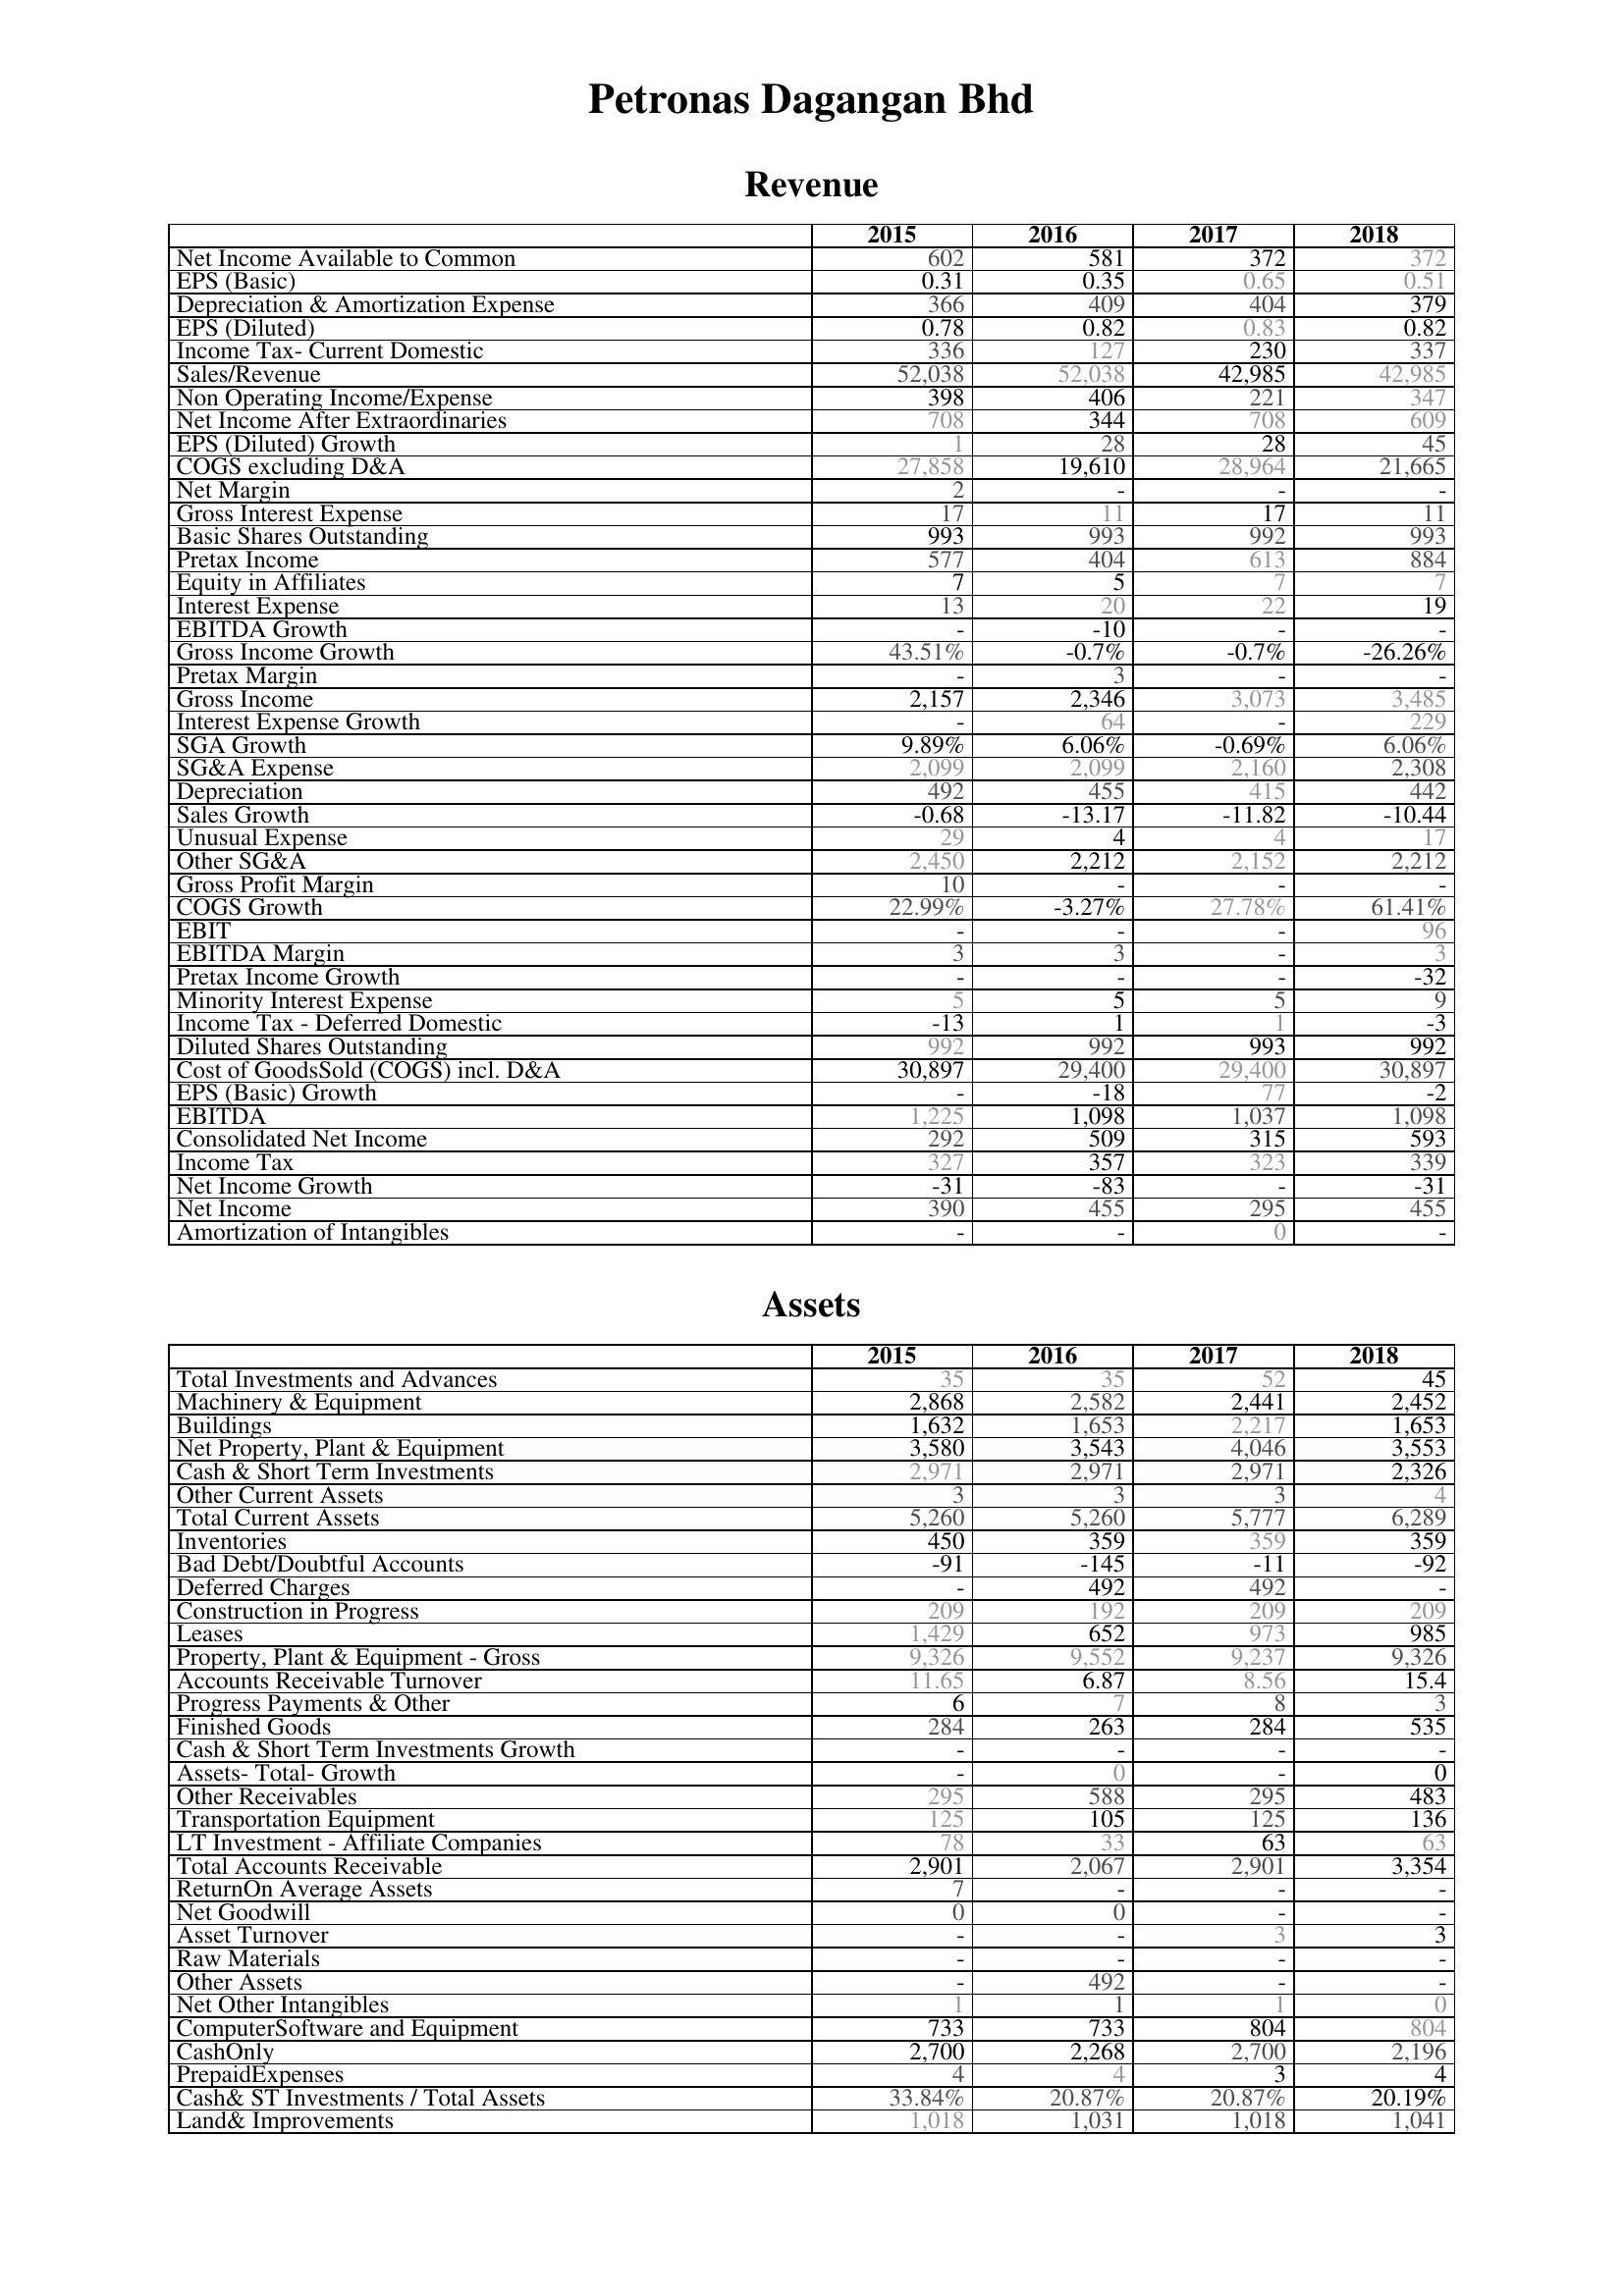
2015: Revenue: Net Income Available to Common: 602
EPS (Basic): 0.31
Depreciation & Amortization Expense: 366
EPS (Diluted): 0.78
Income Tax- Current Domestic: 336
Sales/Revenue: 52,038
Non Operating Income/Expense: 398
Net Income After Extraordinaries: 708
EPS (Diluted) Growth: 1
COGS excluding D&A: 27,858
Net Margin: 2
Gross Interest Expense: 17
Basic Shares Outstanding: 993
Pretax Income: 577
Equity in Affiliates: 7
Interest Expense: 13
EBITDA Growth: -
Gross Income Growth: 43.51%
Pretax Margin: -
Gross Income: 2,157
Interest Expense Growth: -
SGA Growth: 9.89%
SG&A Expense: 2,099
Depreciation: 492
Sales Growth: -0.68
Unusual Expense: 29
Other SG&A: 2,450
Gross Profit Margin: 10
COGS Growth: 22.99%
EBIT: -
EBITDA Margin: 3
Pretax Income Growth: -
Minority Interest Expense: 5
Income Tax - Deferred Domestic: -13
Diluted Shares Outstanding: 992
Cost of GoodsSold (COGS) incl. D&A: 30,897
EPS (Basic) Growth: -
EBITDA: 1,225
Consolidated Net Income: 292
Income Tax: 327
Net Income Growth: -31
Net Income: 390
Amortization of Intangibles: -
Assets: Total Investments and Advances: 35
Machinery & Equipment: 2,868
Buildings: 1,632
Net Property, Plant & Equipment: 3,580
Cash & Short Term Investments: 2,971
Other Current Assets: 3
Total Current Assets: 5,260
Inventories: 450
Bad Debt/Doubtful Accounts: -91
Deferred Charges: -
Construction in Progress: 209
Leases: 1,429
Property, Plant & Equipment - Gross : 9,326
Accounts Receivable Turnover: 11.65
Progress Payments & Other: 6
Finished Goods: 284
Cash & Short Term Investments Growth: -
Assets- Total- Growth: -
Other Receivables: 295
Transportation Equipment: 125
LT Investment - Affiliate Companies: 78
Total Accounts Receivable: 2,901
ReturnOn Average Assets: 7
Net Goodwill: 0
Asset Turnover: -
Raw Materials: -
Other Assets: -
Net Other Intangibles: 1
ComputerSoftware and Equipment: 733
CashOnly: 2,700
PrepaidExpenses: 4
Cash& ST Investments / Total Assets: 33.84%
Land& Improvements: 1,018
2016: Revenue: Net Income Available to Common: 581
EPS (Basic): 0.35
Depreciation & Amortization Expense: 409
EPS (Diluted): 0.82
Income Tax- Current Domestic: 127
Sales/Revenue: 52,038
Non Operating Income/Expense: 406
Net Income After Extraordinaries: 344
EPS (Diluted) Growth: 28
COGS excluding D&A: 19,610
Net Margin: -
Gross Interest Expense: 11
Basic Shares Outstanding: 993
Pretax Income: 404
Equity in Affiliates: 5
Interest Expense: 20
EBITDA Growth: -10
Gross Income Growth: -0.7%
Pretax Margin: 3
Gross Income: 2,346
Interest Expense Growth: 64
SGA Growth: 6.06%
SG&A Expense: 2,099
Depreciation: 455
Sales Growth: -13.17
Unusual Expense: 4
Other SG&A: 2,212
Gross Profit Margin: -
COGS Growth: -3.27%
EBIT: -
EBITDA Margin: 3
Pretax Income Growth: -
Minority Interest Expense: 5
Income Tax - Deferred Domestic: 1
Diluted Shares Outstanding: 992
Cost of GoodsSold (COGS) incl. D&A: 29,400
EPS (Basic) Growth: -18
EBITDA: 1,098
Consolidated Net Income: 509
Income Tax: 357
Net Income Growth: -83
Net Income: 455
Amortization of Intangibles: -
Assets: Total Investments and Advances: 35
Machinery & Equipment: 2,582
Buildings: 1,653
Net Property, Plant & Equipment: 3,543
Cash & Short Term Investments: 2,971
Other Current Assets: 3
Total Current Assets: 5,260
Inventories: 359
Bad Debt/Doubtful Accounts: -145
Deferred Charges: 492
Construction in Progress: 192
Leases: 652
Property, Plant & Equipment - Gross : 9,552
Accounts Receivable Turnover: 6.87
Progress Payments & Other: 7
Finished Goods: 263
Cash & Short Term Investments Growth: -
Assets- Total- Growth: 0
Other Receivables: 588
Transportation Equipment: 105
LT Investment - Affiliate Companies: 33
Total Accounts Receivable: 2,067
ReturnOn Average Assets: -
Net Goodwill: 0
Asset Turnover: -
Raw Materials: -
Other Assets: 492
Net Other Intangibles: 1
ComputerSoftware and Equipment: 733
CashOnly: 2,268
PrepaidExpenses: 4
Cash& ST Investments / Total Assets: 20.87%
Land& Improvements: 1,031
2017: Revenue: Net Income Available to Common: 372
EPS (Basic): 0.65
Depreciation & Amortization Expense: 404
EPS (Diluted): 0.83
Income Tax- Current Domestic: 230
Sales/Revenue: 42,985
Non Operating Income/Expense: 221
Net Income After Extraordinaries: 708
EPS (Diluted) Growth: 28
COGS excluding D&A: 28,964
Net Margin: -
Gross Interest Expense: 17
Basic Shares Outstanding: 992
Pretax Income: 613
Equity in Affiliates: 7
Interest Expense: 22
EBITDA Growth: -
Gross Income Growth: -0.7%
Pretax Margin: -
Gross Income: 3,073
Interest Expense Growth: -
SGA Growth: -0.69%
SG&A Expense: 2,160
Depreciation: 415
Sales Growth: -11.82
Unusual Expense: 4
Other SG&A: 2,152
Gross Profit Margin: -
COGS Growth: 27.78%
EBIT: -
EBITDA Margin: -
Pretax Income Growth: -
Minority Interest Expense: 5
Income Tax - Deferred Domestic: 1
Diluted Shares Outstanding: 993
Cost of GoodsSold (COGS) incl. D&A: 29,400
EPS (Basic) Growth: 77
EBITDA: 1,037
Consolidated Net Income: 315
Income Tax: 323
Net Income Growth: -
Net Income: 295
Amortization of Intangibles: 0
Assets: Total Investments and Advances: 52
Machinery & Equipment: 2,441
Buildings: 2,217
Net Property, Plant & Equipment: 4,046
Cash & Short Term Investments: 2,971
Other Current Assets: 3
Total Current Assets: 5,777
Inventories: 359
Bad Debt/Doubtful Accounts: -11
Deferred Charges: 492
Construction in Progress: 209
Leases: 973
Property, Plant & Equipment - Gross : 9,237
Accounts Receivable Turnover: 8.56
Progress Payments & Other: 8
Finished Goods: 284
Cash & Short Term Investments Growth: -
Assets- Total- Growth: -
Other Receivables: 295
Transportation Equipment: 125
LT Investment - Affiliate Companies: 63
Total Accounts Receivable: 2,901
ReturnOn Average Assets: -
Net Goodwill: -
Asset Turnover: 3
Raw Materials: -
Other Assets: -
Net Other Intangibles: 1
ComputerSoftware and Equipment: 804
CashOnly: 2,700
PrepaidExpenses: 3
Cash& ST Investments / Total Assets: 20.87%
Land& Improvements: 1,018
2018: Revenue: Net Income Available to Common: 372
EPS (Basic): 0.51
Depreciation & Amortization Expense: 379
EPS (Diluted): 0.82
Income Tax- Current Domestic: 337
Sales/Revenue: 42,985
Non Operating Income/Expense: 347
Net Income After Extraordinaries: 609
EPS (Diluted) Growth: 45
COGS excluding D&A: 21,665
Net Margin: -
Gross Interest Expense: 11
Basic Shares Outstanding: 993
Pretax Income: 884
Equity in Affiliates: 7
Interest Expense: 19
EBITDA Growth: -
Gross Income Growth: -26.26%
Pretax Margin: -
Gross Income: 3,485
Interest Expense Growth: 229
SGA Growth: 6.06%
SG&A Expense: 2,308
Depreciation: 442
Sales Growth: -10.44
Unusual Expense: 17
Other SG&A: 2,212
Gross Profit Margin: -
COGS Growth: 61.41%
EBIT: 96
EBITDA Margin: 3
Pretax Income Growth: -32
Minority Interest Expense: 9
Income Tax - Deferred Domestic: -3
Diluted Shares Outstanding: 992
Cost of GoodsSold (COGS) incl. D&A: 30,897
EPS (Basic) Growth: -2
EBITDA: 1,098
Consolidated Net Income: 593
Income Tax: 339
Net Income Growth: -31
Net Income: 455
Amortization of Intangibles: -
Assets: Total Investments and Advances: 45
Machinery & Equipment: 2,452
Buildings: 1,653
Net Property, Plant & Equipment: 3,553
Cash & Short Term Investments: 2,326
Other Current Assets: 4
Total Current Assets: 6,289
Inventories: 359
Bad Debt/Doubtful Accounts: -92
Deferred Charges: -
Construction in Progress: 209
Leases: 985
Property, Plant & Equipment - Gross : 9,326
Accounts Receivable Turnover: 15.4
Progress Payments & Other: 3
Finished Goods: 535
Cash & Short Term Investments Growth: -
Assets- Total- Growth: 0
Other Receivables: 483
Transportation Equipment: 136
LT Investment - Affiliate Companies: 63
Total Accounts Receivable: 3,354
ReturnOn Average Assets: -
Net Goodwill: -
Asset Turnover: 3
Raw Materials: -
Other Assets: -
Net Other Intangibles: 0
ComputerSoftware and Equipment: 804
CashOnly: 2,196
PrepaidExpenses: 4
Cash& ST Investments / Total Assets: 20.19%
Land& Improvements: 1,041